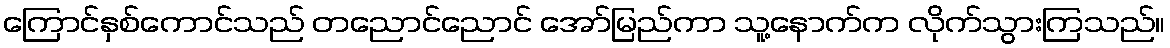
ကြောင်နှစ်ကောင်သည် တညောင်ညောင် အော်မြည်ကာ သူ့နောက်က လိုက်သွားကြသည်။